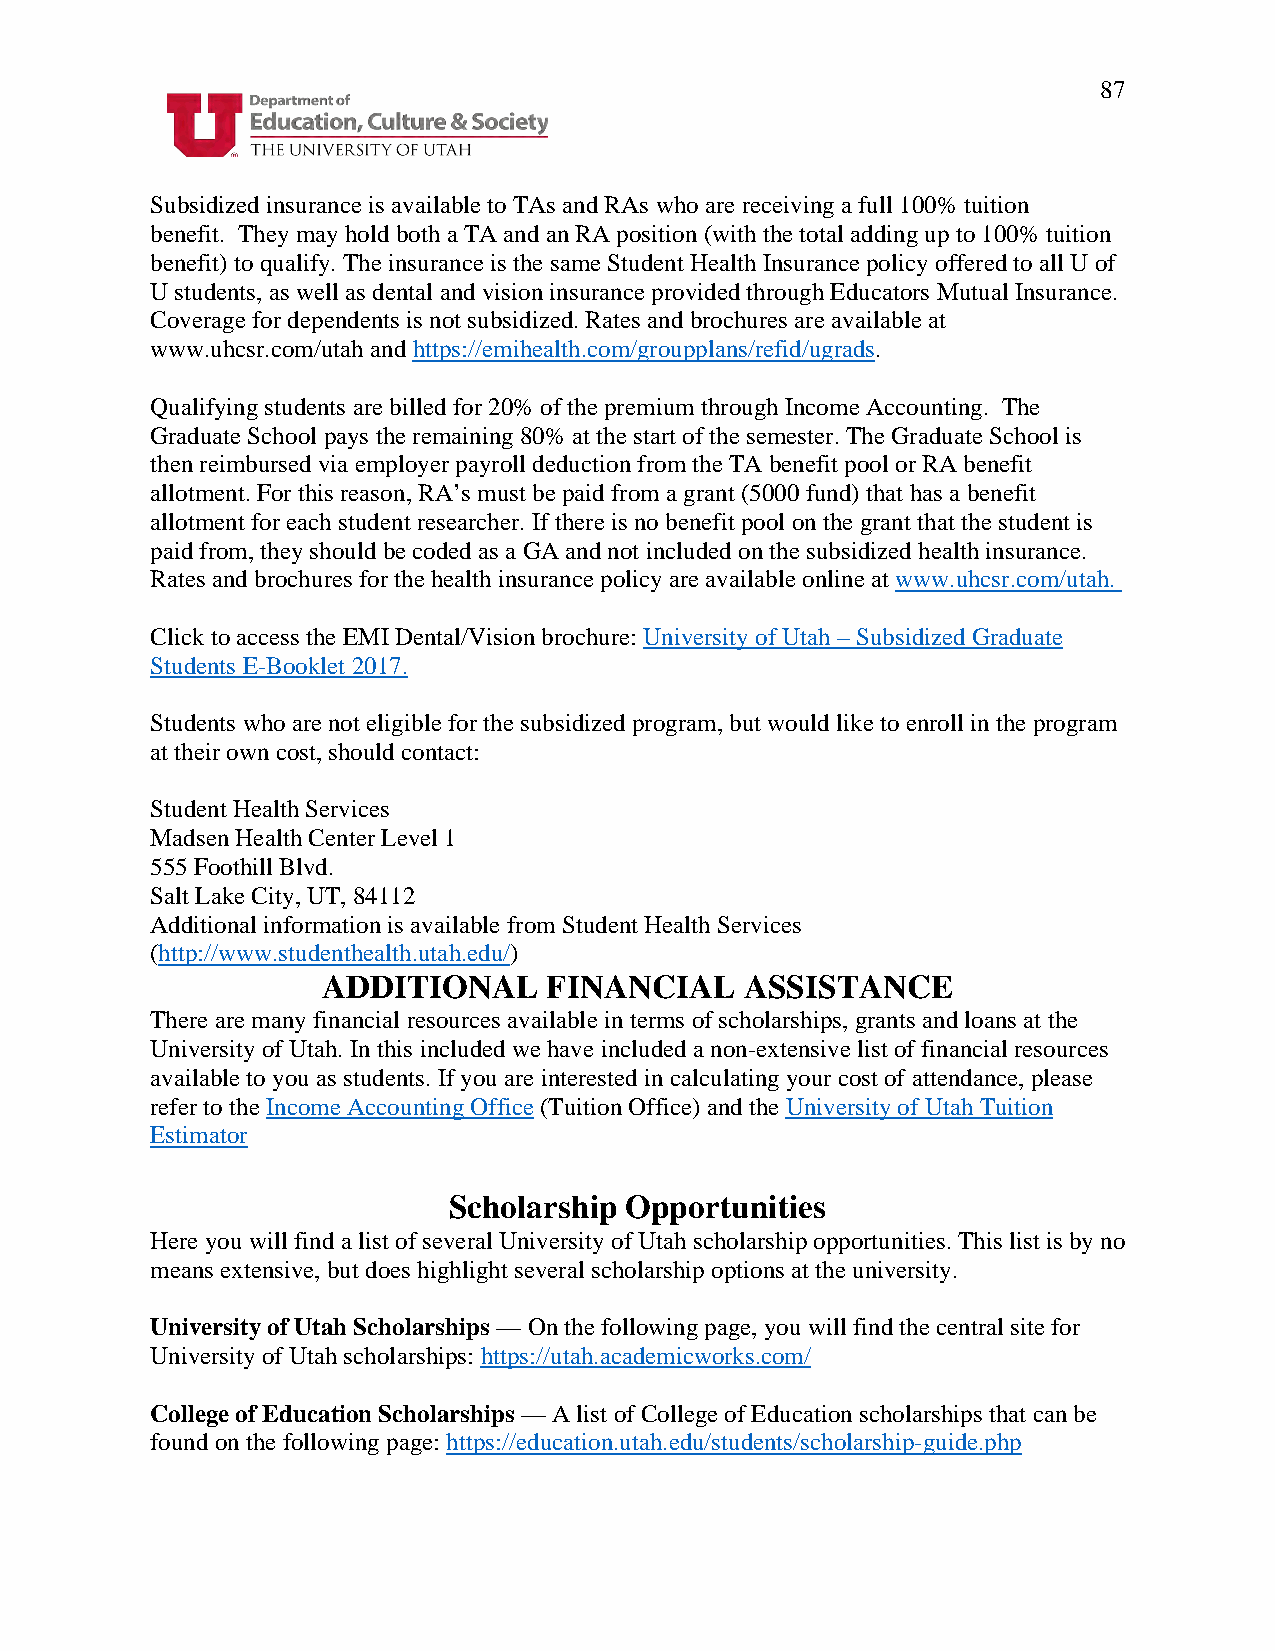
87
 Subsidized insurance is available to TAs and RAs who are receiving a full 100% tuition
 benefit. They may hold both a TA and an RA position (with the total adding up to 100% tuition
 benefit) to qualify. The insurance is the same Student Health Insurance policy offered to all U of
 U students, as well as dental and vision insurance provided through Educators Mutual Insurance.
 Coverage for dependents is not subsidized. Rates and brochures are available at
 www.uhcsr.com/utah and https://emihealth.com/groupplans/refid/ugrads.
 Qualifying students are billed for 20% of the premium through Income Accounting. The
 Graduate School pays the remaining 80% at the start of the semester. The Graduate School is
 then reimbursed via employer payroll deduction from the TA benefit pool or RA benefit
 allotment. For this reason, RA’s must be paid from a grant (5000 fund) that has a benefit
 allotment for each student researcher. If there is no benefit pool on the grant that the student is
 paid from, they should be coded as a GA and not included on the subsidized health insurance.
 Rates and brochures for the health insurance policy are available online at www.uhcsr.com/utah.
 Click to access the EMI Dental/Vision brochure: University of Utah – Subsidized Graduate
 Students E-Booklet 2017.
 Students who are not eligible for the subsidized program, but would like to enroll in the program
 at their own cost, should contact:
 Student Health Services
 Madsen Health Center Level 1
 555 Foothill Blvd.
 Salt Lake City, UT, 84112
 Additional information is available from Student Health Services
 (http://www.studenthealth.utah.edu/)
 ADDITIONAL     FINANCIAL    ASSISTANCE
 There are many financial resources available in terms of scholarships, grants and loans at the
 University of Utah. In this included we have included a non-extensive list of financial resources
 available to you as students. If you are interested in calculating your cost of attendance, please
 refer to the Income Accounting Office (Tuition Office) and the University of Utah Tuition
 Estimator
 Scholarship Opportunities
 Here you will find a list of several University of Utah scholarship opportunities. This list is by no
 means extensive, but does highlight several scholarship options at the university.
 University of Utah Scholarships — On the following page, you will find the central site for
 University of Utah scholarships: https://utah.academicworks.com/
 College of Education Scholarships — A list of College of Education scholarships that can be
 found on the following page: https://education.utah.edu/students/scholarship-guide.php